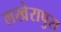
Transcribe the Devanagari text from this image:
लखेरापुरा